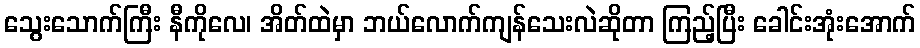
သွေးသောက်ကြီး နီကိုလေ၊ အိတ်ထဲမှာ ဘယ်လောက်ကျန်သေးလဲဆိုတာ ကြည့်ပြီး ခေါင်းအုံးအောက်